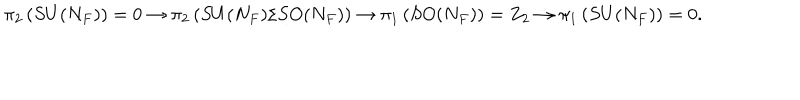
\pi _ { 2 } \left( S U ( { N _ { F } } ) \right) = 0 \rightarrow \pi _ { 2 } \left( S U ( { N _ { F } } ) / S O ( { N _ { F } } ) \right) \rightarrow \pi _ { 1 } \left( S O ( { N _ { F } } ) \right) = Z _ { 2 } \rightarrow \pi _ { 1 } \left( S U ( { N _ { F } } ) \right) = 0 .